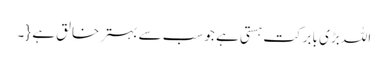
اللہ بڑی بابرکت ہستی ہے جو سب سے بہتر خالق ہے {۔